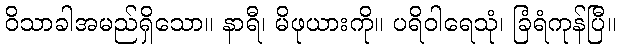
ဝိသာခါအမည်ရှိသော။ နာရီ၊ မိဖုယားကို။ ပရိဝါရေသုံ၊ ခြံရံကုန်ပြီ။